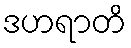
ဒဟရာတိ